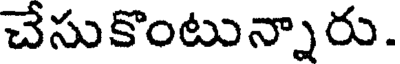
చేసుకొంటున్నారు.